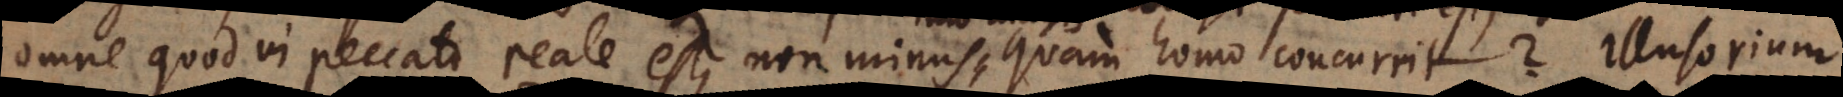
omne quod in peccato reale est, non minus quam homo concurrit? Illusorium